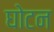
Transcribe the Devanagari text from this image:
घोटन